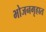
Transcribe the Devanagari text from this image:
भोजनगृहात